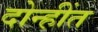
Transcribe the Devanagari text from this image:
दोन्हींत